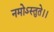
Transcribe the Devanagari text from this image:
नमोऽस्तुते।।